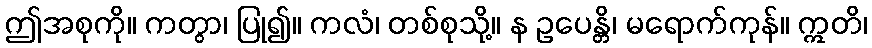
ဤအစုကို။ ကတွာ၊ ပြု၍။ ကလံ၊ တစ်စုသို့။ န ဥပေန္တိ၊ မရောက်ကုန်။ ဣတိ၊